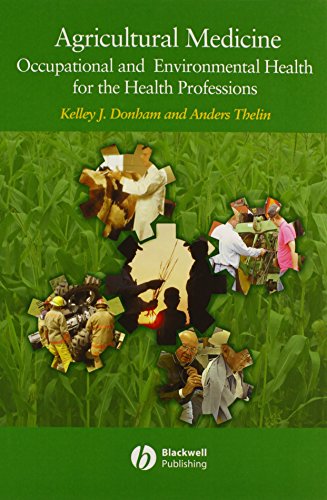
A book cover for Agricultural Medicine: Occupational and Environmental Health for the Health Professions; Kelley J. Donham; Medical Books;